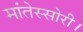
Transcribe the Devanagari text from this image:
मांतेस्सोरी।